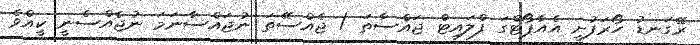
ރޭގަނޑު ހޯރަފުށީ އެއާޕޯޓްގަ ފްލައިޓް ޖައްސާތަ / ޖެއްސޭތަ ނުޖައްސާނަމަ ނުޖެއްސެނީ ކީއްވެ